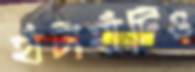
হাঁটাহাঁটিও